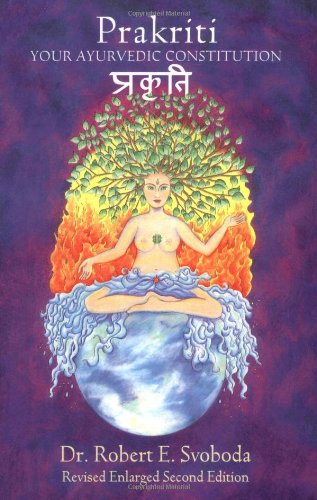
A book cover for Prakriti: Your Ayurvedic Constitution (Your Ayurvedic Constitution Revised Enlarged Second Edition); Dr. Robert Svoboda; Health, Fitness & Dieting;